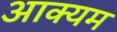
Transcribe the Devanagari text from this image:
आक्यम